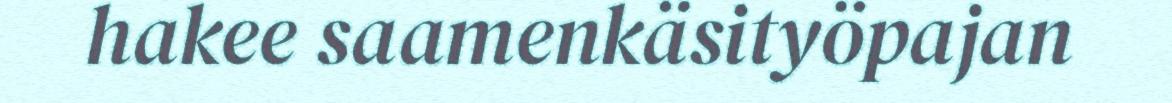
hakee saamenkäsityöpajan